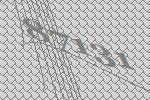
87131